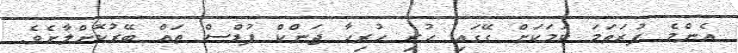
އެންމެ ފުރަތަމަ ކަމަކަށް ގޭގައި ހުރި ހުރިހާ ޖަންކް ފުޑްސް ތައް ބޭރުކޮށްލާށެވެ.